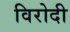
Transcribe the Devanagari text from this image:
विरोदी